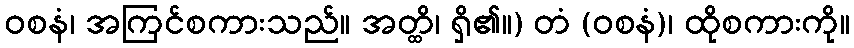
ဝစနံ၊ အကြင်စကားသည်။ အတ္ထိ၊ ရှိ၏။) တံ (ဝစနံ)၊ ထိုစကားကို။